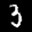
Label: 3